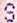
S